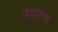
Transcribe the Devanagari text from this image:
जल्लोशचा